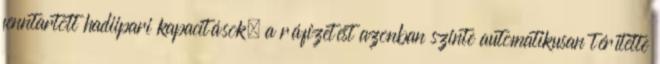
fenntartott hadiipari kapacitások, a ráfizetést azonban szinte automatikusan térítette